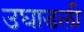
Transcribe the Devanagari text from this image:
उघाडली